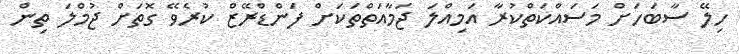
ހިލޭ ސާބަހަށް މަސައްކަތްކުރާ އަމިއްލަ ޖަމާއަތްތަކަށް ފަންޑްރޭޒް ކުރެވޭ ގޮތަށް ޖުމްލަ ތިން